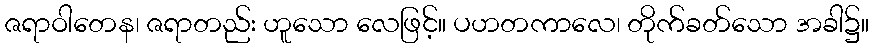
ဇရာဝါတေန၊ ဇရာတည်း ဟူသော လေဖြင့်။ ပဟတကာလေ၊ တိုက်ခတ်သော အခါ၌။